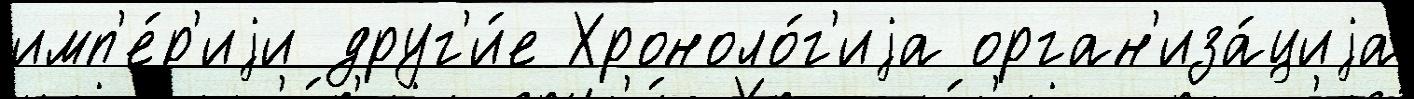
имп'е́р'иjи друг'и́е Хроноло́г'иjа орган'иза́циjа